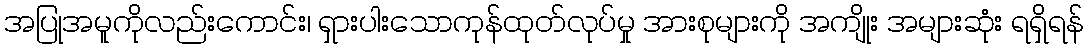
အပြုအမူကိုလည်းကောင်း၊ ရှားပါးသောကုန်ထုတ်လုပ်မှု အားစုများကို အကျိုး အများဆုံး ရရှိရန်